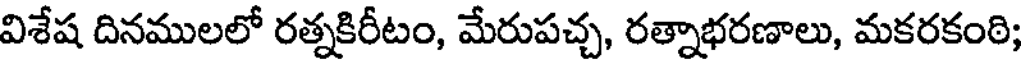
విశేష దినములలో రత్నకిరీటం, మేరుపచ్చ, రత్నాభరణాలు, మకరకంఠి;